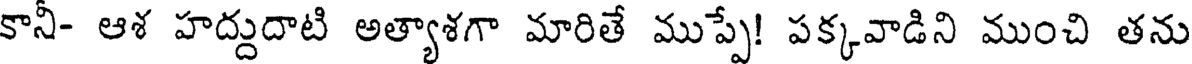
కానీ- ఆశ హద్దుదాటి అత్యాశగా మారితే ముప్పే! పక్కవాడిని ముంచి తను